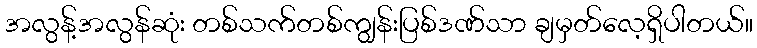
အလွန့်အလွန်ဆုံး တစ်သက်တစ်ကျွန်းပြစ်ဒဏ်သာ ချမှတ်လေ့ရှိပါတယ်။